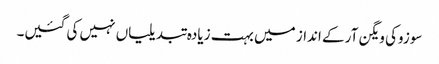
سوزوکی ویگن آر کے انداز میں بہت زیادہ تبدیلیاں نہیں کی گئیں۔